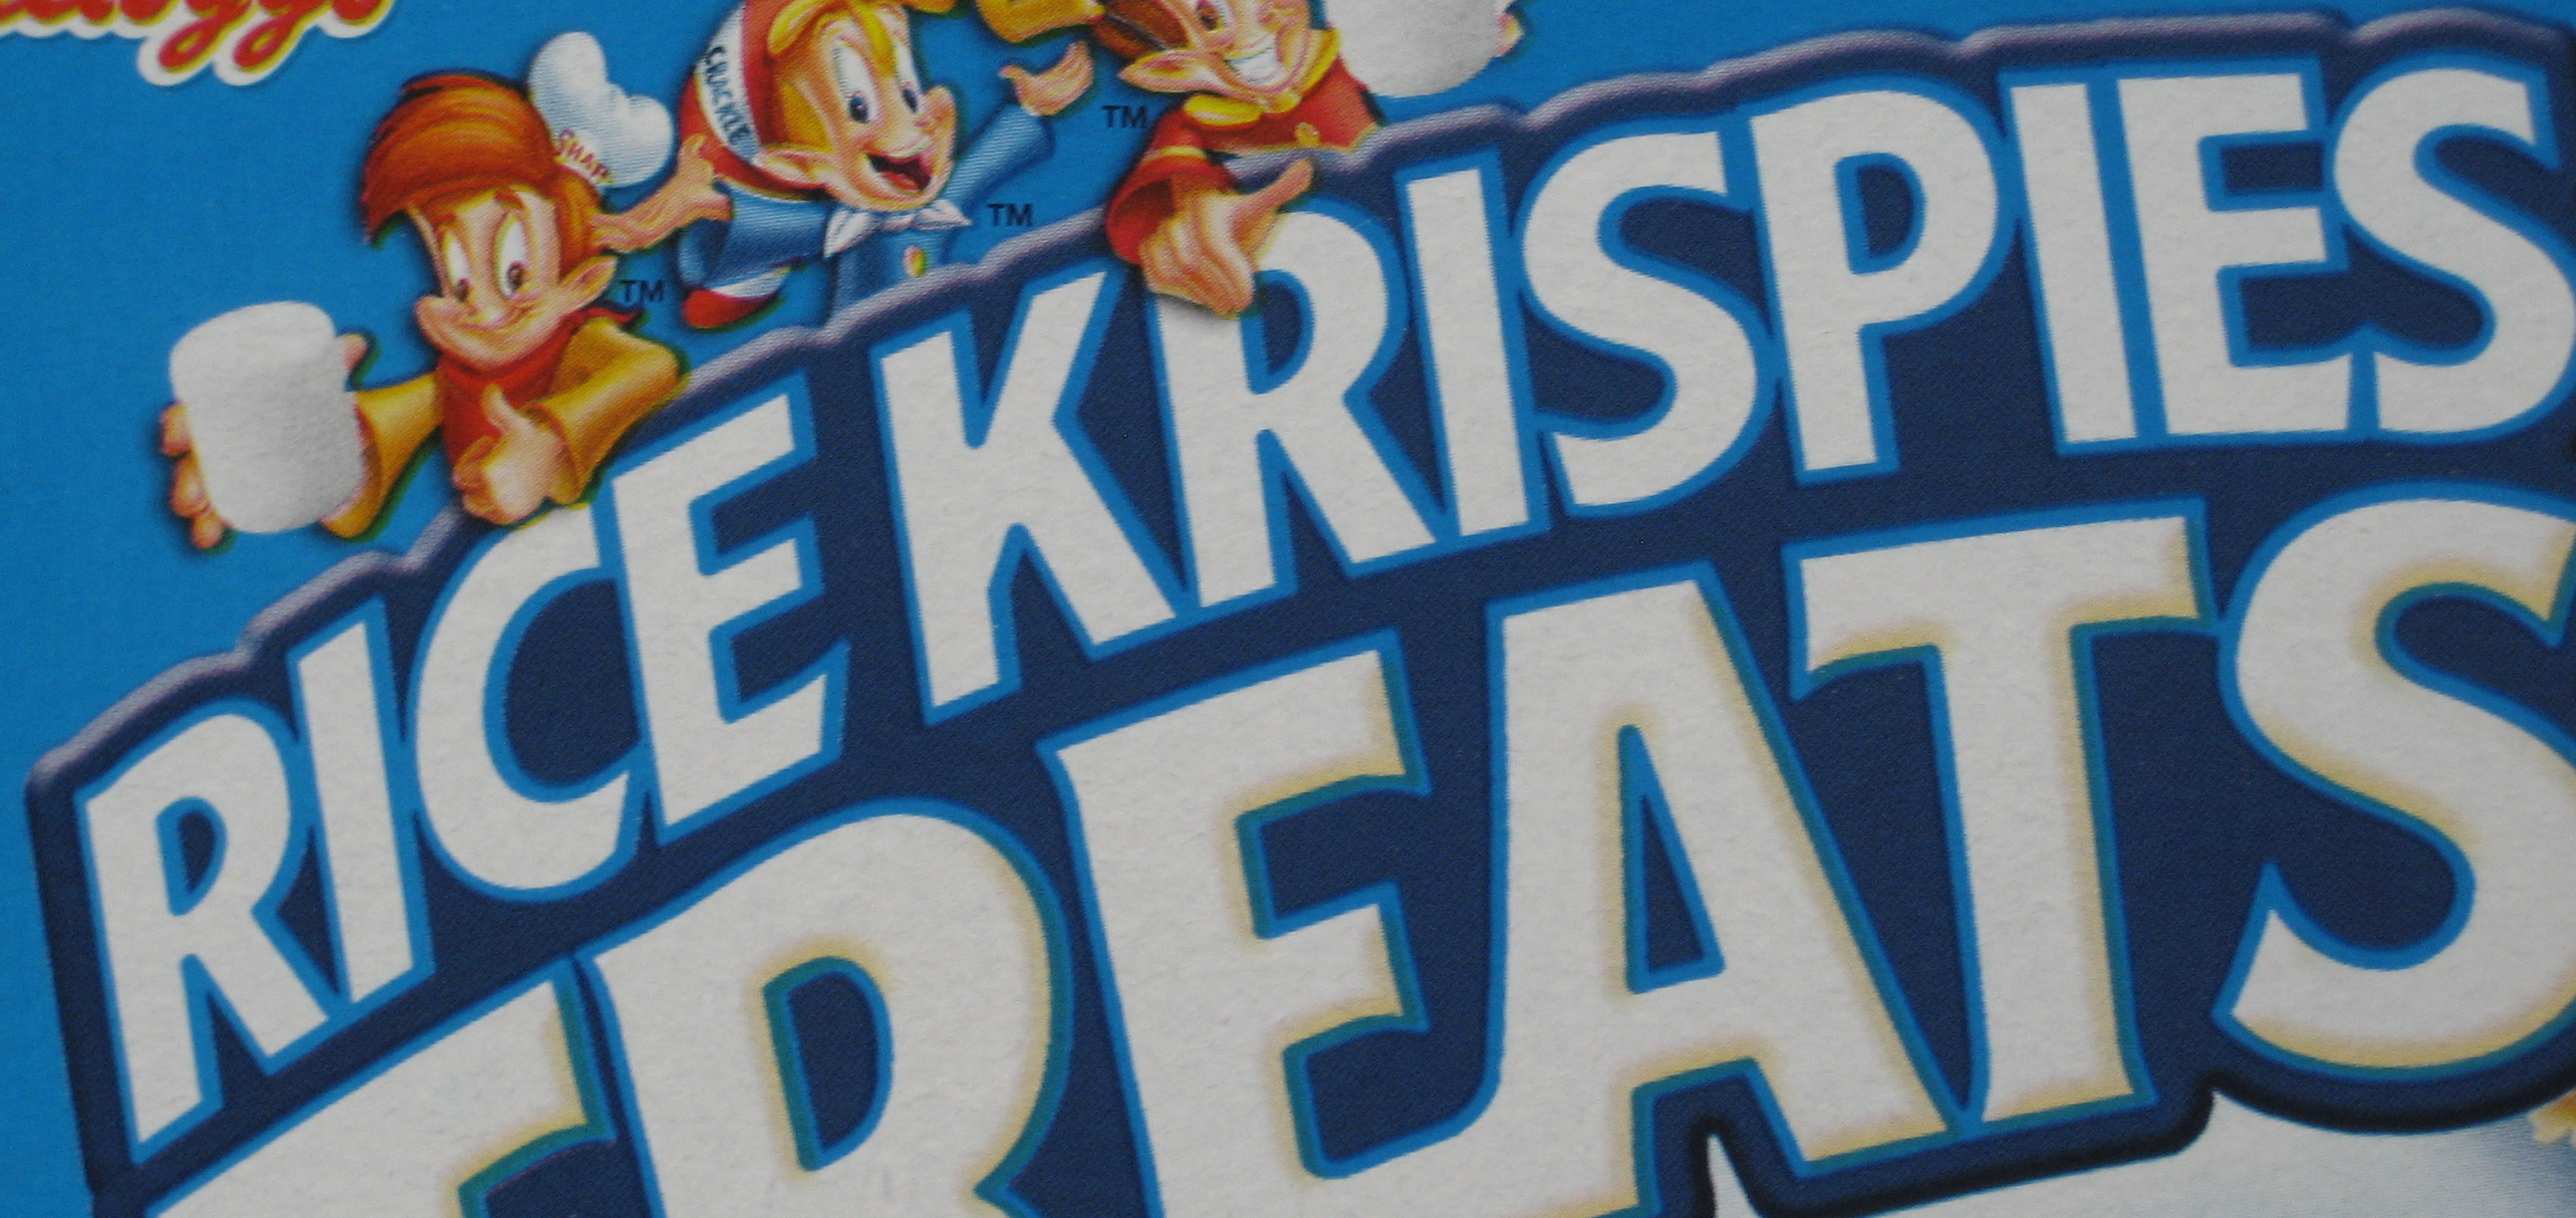
RICE KRISPIES